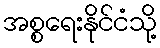
အစ္စရေးနိုင်ငံသို့